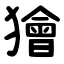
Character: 獪